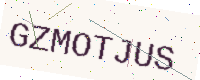
Text: GZMOTJUS